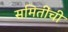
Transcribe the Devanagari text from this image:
समितींची